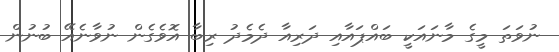
ނުވަތަ މީގެ މާނައަކީ ބައްޕައާއި ދަރިއާ ދެމެދު ރިބާ އޮވެގެން ނުވާނެއޭ ބުނުން